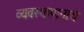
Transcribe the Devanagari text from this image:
व्यवस्थापानाचे